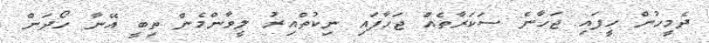
ދެމީހުން ހީފައި ޖަހާނެ ސަކަރާތެއް ޖަހާފައި ނިކުތްއިރު ލީވާންމެން ތިބީ އޭނާ ހޯދަން